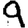
Digit: 9